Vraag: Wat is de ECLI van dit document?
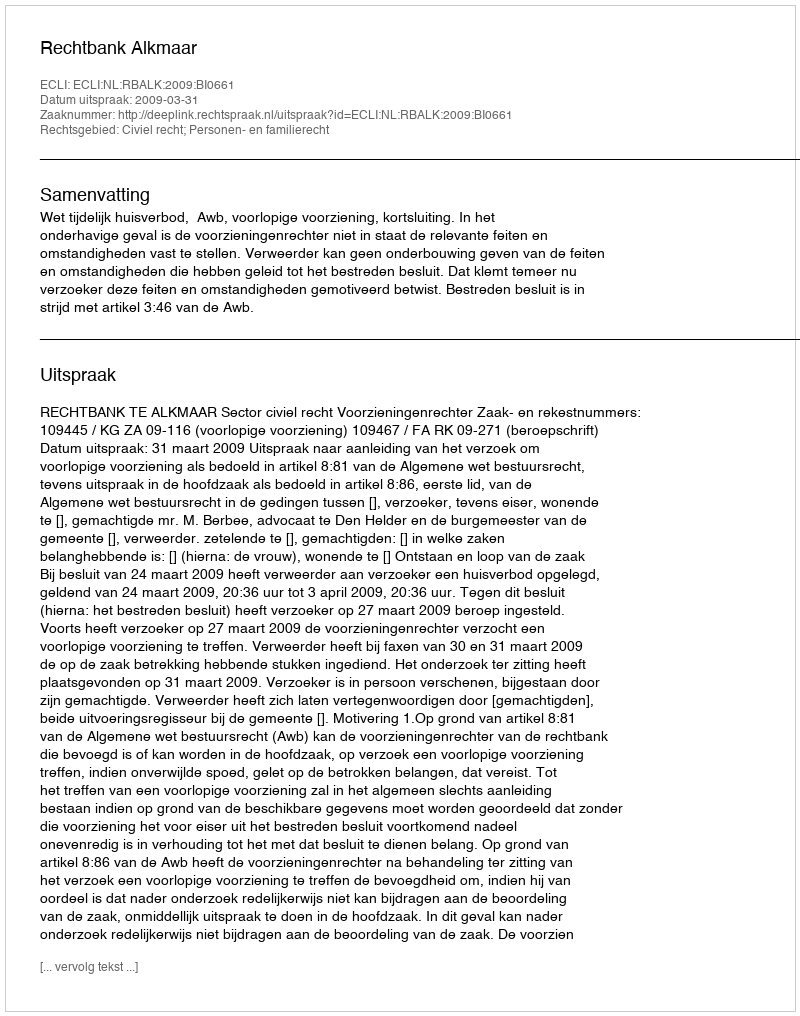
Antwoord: ECLI:NL:RBALK:2009:BI0661